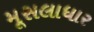
મૂસલાધાર